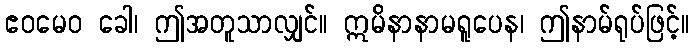
ဧဝမေဝ ခေါ၊ ဤအတူသာလျှင်။ ဣမိနာနာမရူပေန၊ ဤနာမ်ရုပ်ဖြင့်။